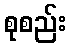
စုစည်း